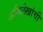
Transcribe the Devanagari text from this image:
अभिलेखांची